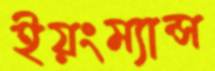
ইয়ংম্যান্স